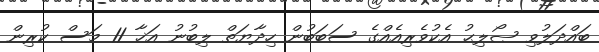
ބައްދަލުވި ޞޯލިޙު އެކުވެރިއެއްގެ ސަބަބުން ހިދާޔަތް ލިބުނު އަޚާ 11 މަސް ކުރިން